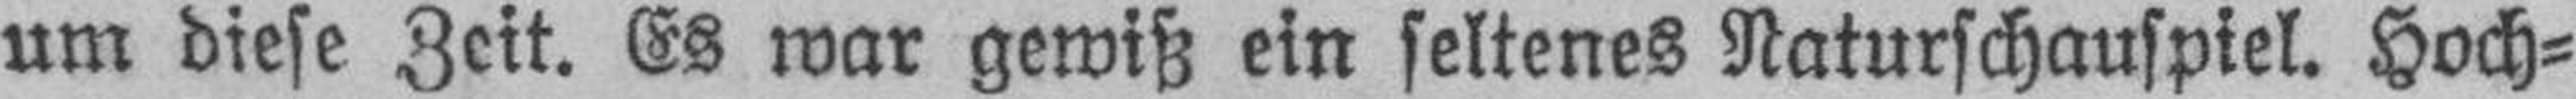
um diese Zeit. Es war gewiß ein seltenes Naturschauspiel. Hoch¬